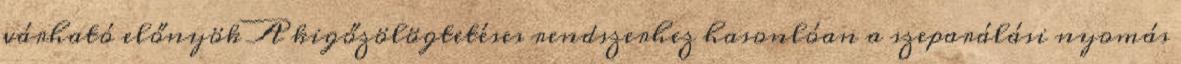
várható előnyök A kigőzölögtetéses rendszerhez hasonlóan a szeparálási nyomás